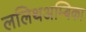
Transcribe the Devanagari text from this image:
ललिथअम्बिका